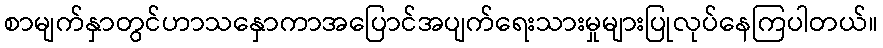
စာမျက်နှာတွင်ဟာသနှောကာအပြောင်အပျက်ရေးသားမှုများပြုလုပ်နေကြပါတယ်။